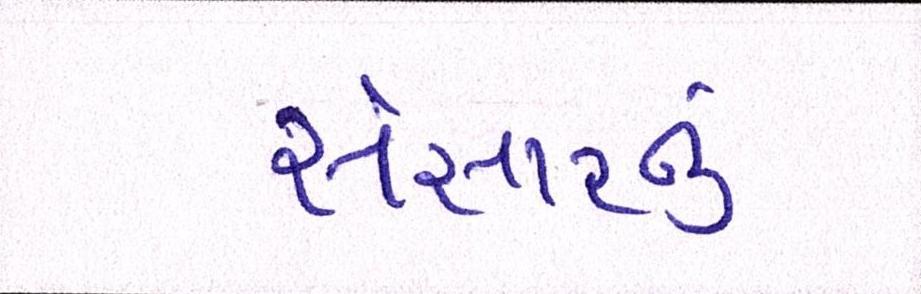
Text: સંસારનું